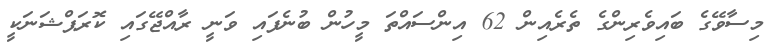
މިސާވޭގެ ބައިވެރިންގެ ތެރެއިން 62 އިންސައްތަ މީހުން ބުނެފައި ވަނީ ރާއްޖޭގައި ކޮރަޕްޝަނަކީ